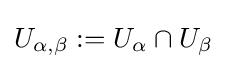
U_{\alpha ,\beta }:=U_{\alpha }\cap U_{\beta }